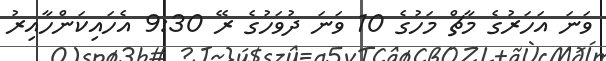
ވަނަ އަހަރުގެ މާޗް މަހުގެ 10 ވަނަ ދުވަހުގެ ރޭ 9:30 އެހައިކަންހާއިރު